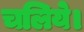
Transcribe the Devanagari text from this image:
चलिये।